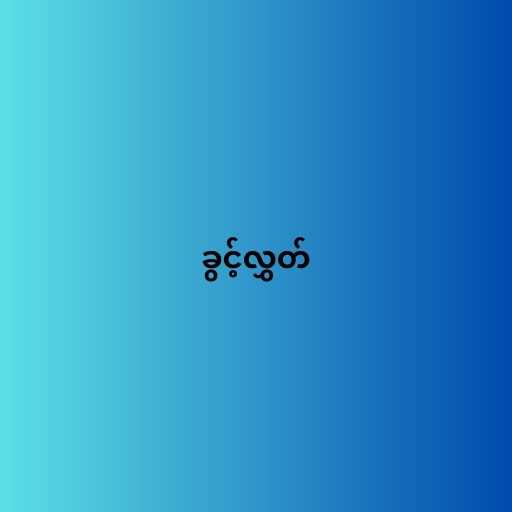
ခွင့်လွှတ်